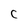
Character: C